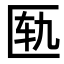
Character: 匦